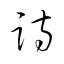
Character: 詩